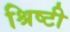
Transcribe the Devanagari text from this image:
श्रिष्टी